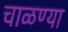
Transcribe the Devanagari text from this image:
चाळण्या